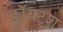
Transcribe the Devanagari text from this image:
डॉयट्श